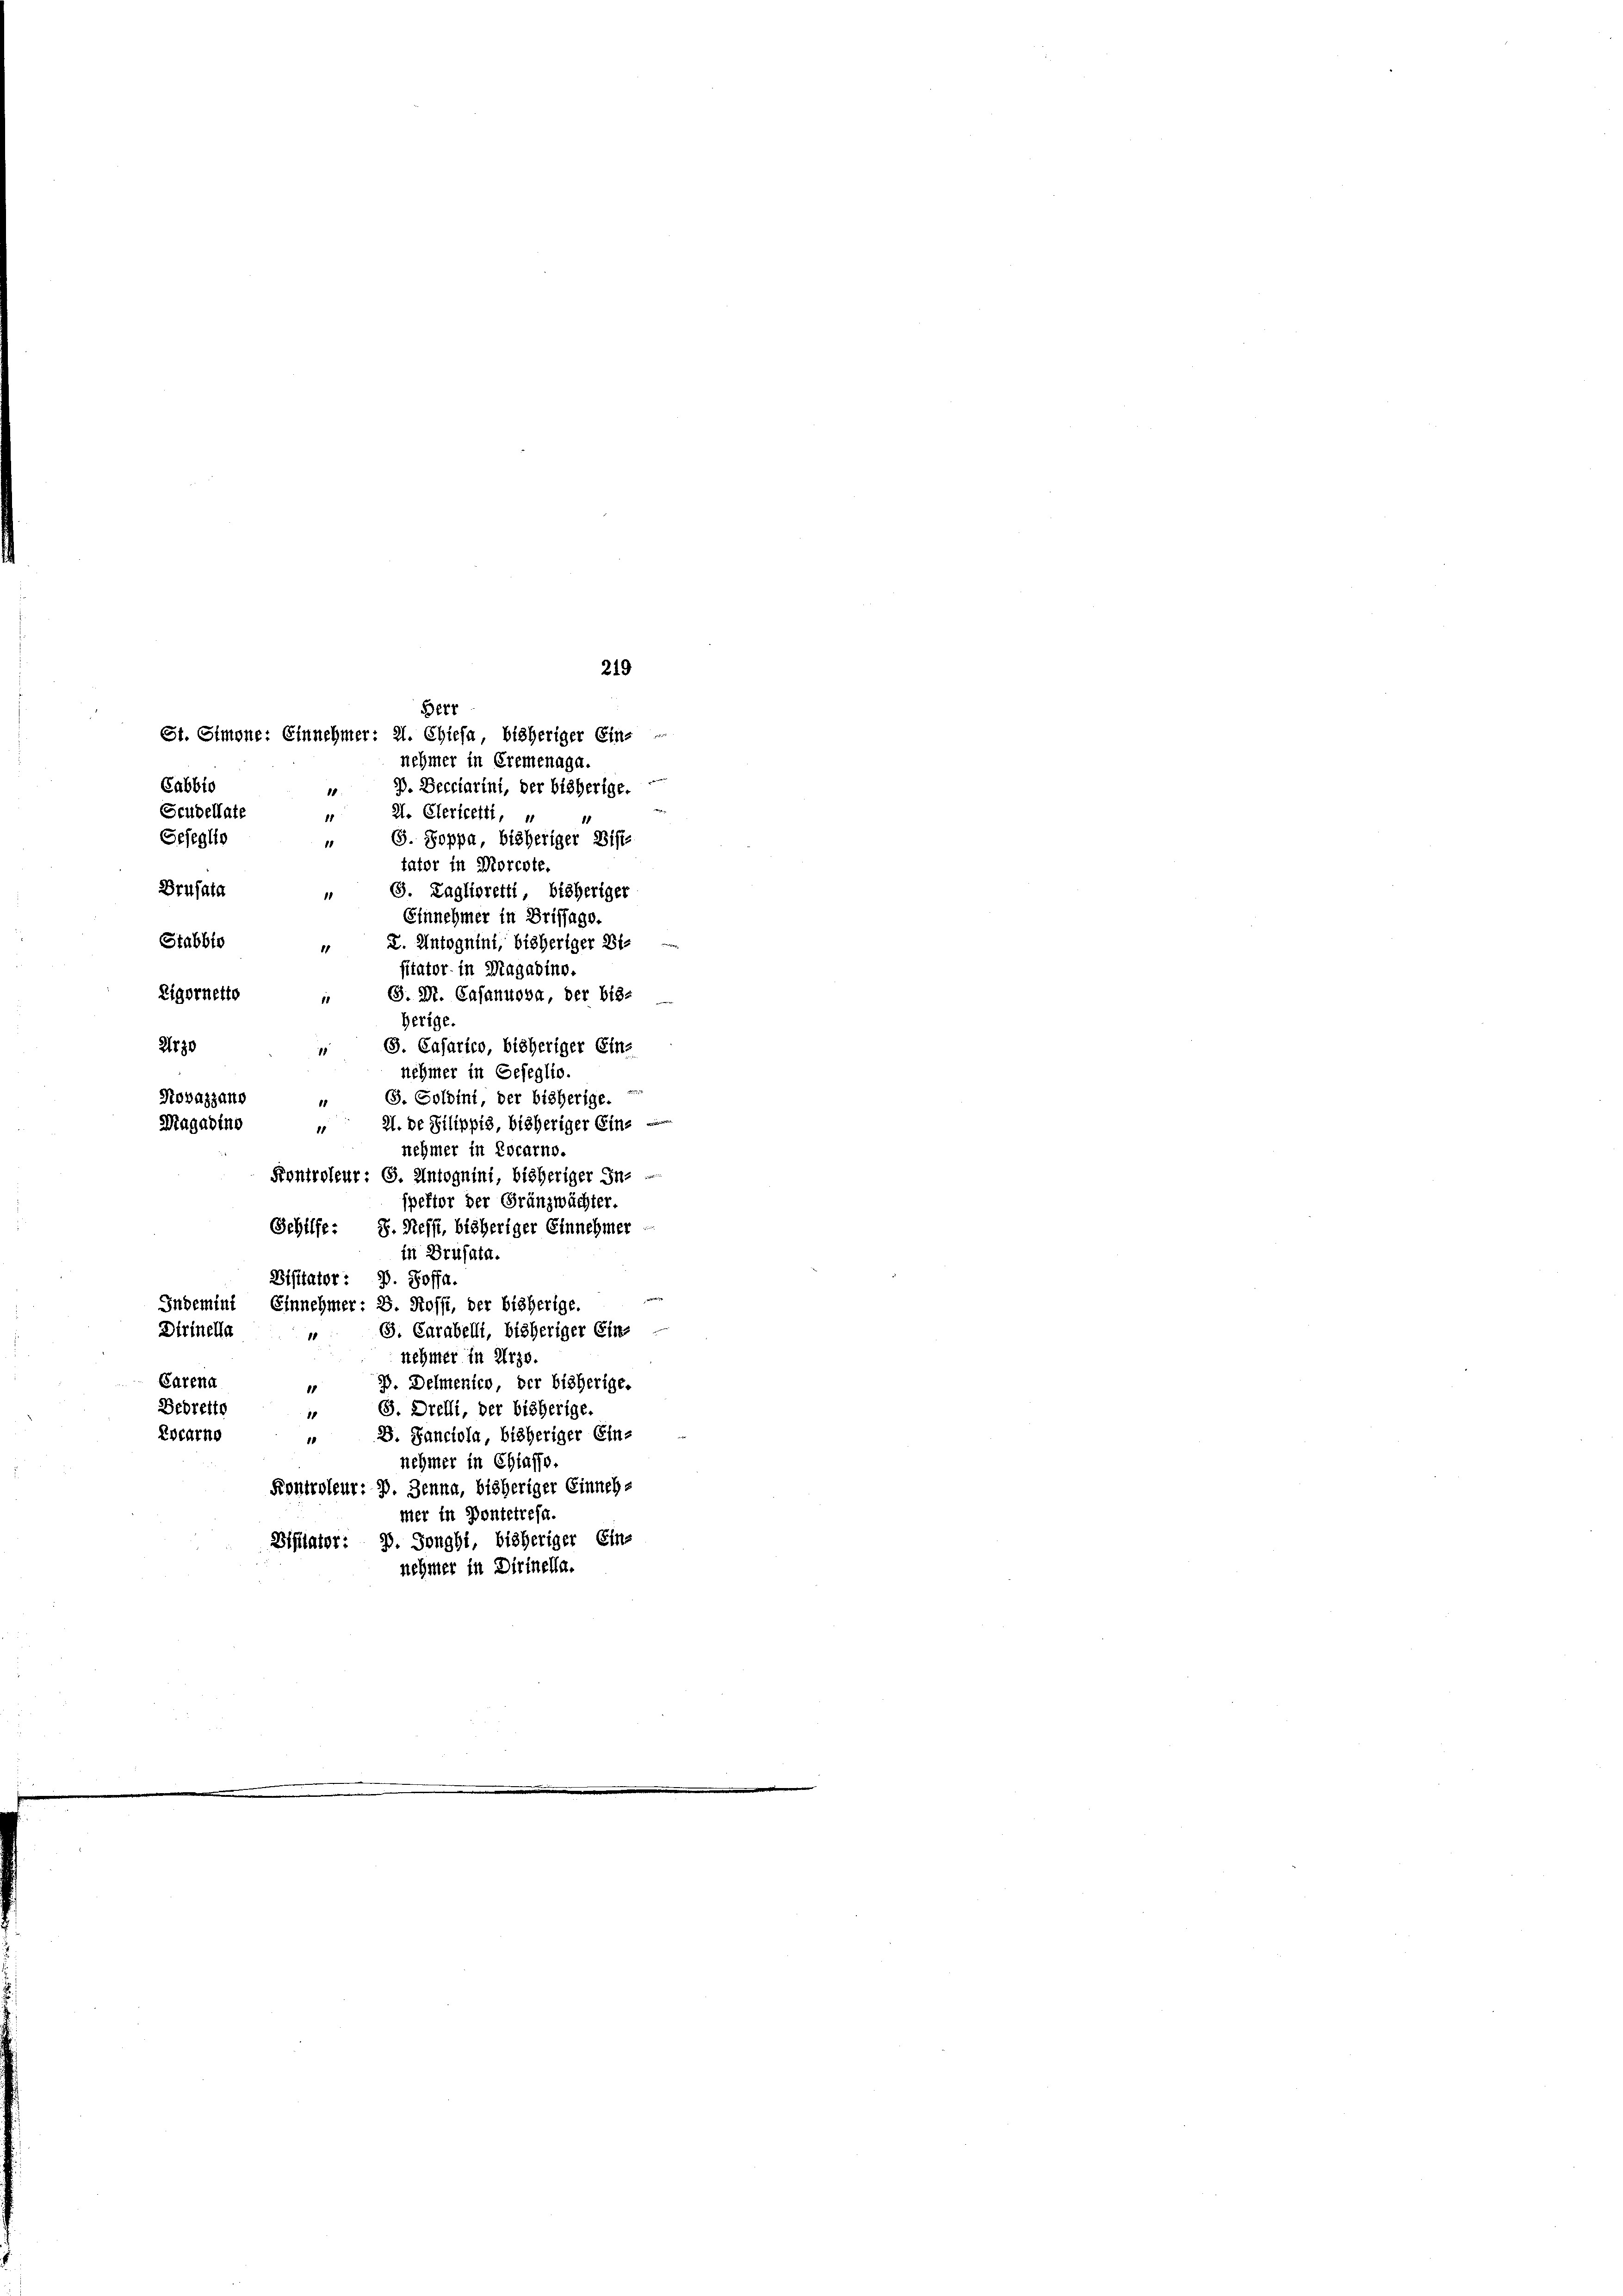
Gejeglie
Stabbio
Eigornetto
2130
Rovazzang

nehmer in Cremenaga.

B. Decciarini, der bisherige.
2. Clericetti, u
18
G. Soppa, bisheriger Bist-
15
tator in Morcote,
9. Laglioretti, bisheriger
Einnehmer in Brissage.
X. Antognini, bisheriger Bi¬
11
sitator in Magadino.
G. Dr. Casannova, der bis-
18
herige.
G. Cajarico, bisheriger Eins
nehmer in Gefeglio.
5. Soldini, der bisherige.
 I. de Silippis, bisheriger Eine
nehmer in Locarno.
Kontroleur: 6. Antognini, bisheriger In-
spektor der Gränzwächter.
Schilfe: 8. Sessi, bisheriger Einnehmer
in Drusata.
Bisitator: P. Soffa.
Indemint Einnehmer: B. Rossi, der bisherige.
S. Carabelli, bisheriger Ein-
Dirinella
1
nehmer in Arze.
Carena
B. Delmenico, der bisherige.
10
Dedretto
G. Orelli, der bisherige.
10
Locarno
 2. Janciola, bisheriger Ein-
nehmer in Chiasso.
Kontroleur: 3. Jenna, bisheriger Einnehmer in Pontetrefa.
Bifilator: P. Jonghi, bisheriger Eine
nehmer in Dirinella.

Brufata

Magadine

Gabbio
Scudellate

Berr
St. Simone: Einnehmer: 21. Chiesa, bisheriger Ein-

219